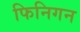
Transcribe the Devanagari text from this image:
फिनिगन